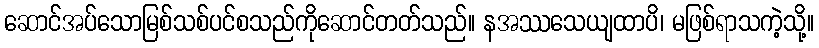
ဆောင်အပ်သောမြစ်သစ်ပင်စသည်ကိုဆောင်တတ်သည်။ နအဿသေယျထာပိ၊ မဖြစ်ရာသကဲ့သို့။